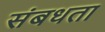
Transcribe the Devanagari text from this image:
संबधता